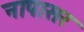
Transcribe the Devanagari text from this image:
नापासर